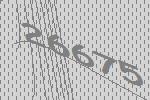
26675